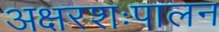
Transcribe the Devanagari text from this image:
अक्षरशःपालन